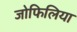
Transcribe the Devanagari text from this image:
जोफिलिया